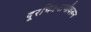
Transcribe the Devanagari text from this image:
दूरचित्रवाणीवरून